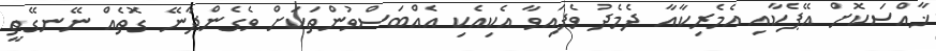
ޚާއްސަކޮށް އޭޕެކާއި އެމެރިކާއާ ދެމެދު ވެފައިވާ އެކިއެކި އެއްބަސްވުންތަކަށް ވެގެންދާނޭ ގޮތެއް ނޭނގޭތީ